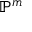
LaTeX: \mathbb { P } ^ { m }